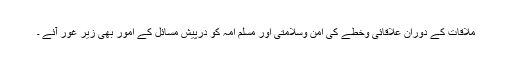
ملاقات کے دوران علاقائی وخطے کی امن وسلامتی اور مسلم امہ کو درپیش مسائل کے امور بھی زیر غور آئے ۔